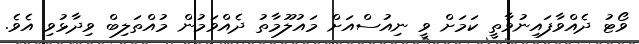
ވޯޓު ދެއްވާފައިނުވާތީ ކަމަށް ވީ ނިއުސްއަށް މައުލޫމާތު ދެއްވަމުން މުއްތަލިބް ވިދާޅުވި އެވެ.